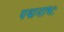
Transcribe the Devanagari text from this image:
पद्मनाभः